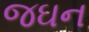
જઘન